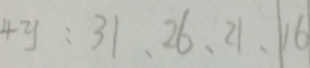
4 y : 3 1 、 2 6 、 2 1 、 1 6